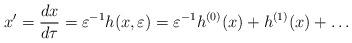
LaTeX: \begin{align*} x^\prime= \frac{d x}{d\tau}=\varepsilon^{-1}h(x,\varepsilon)=\varepsilon^{-1}h^{(0)}(x)+ h^{(1)}(x)+\ldots \end{align*}